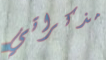
مذكراتي